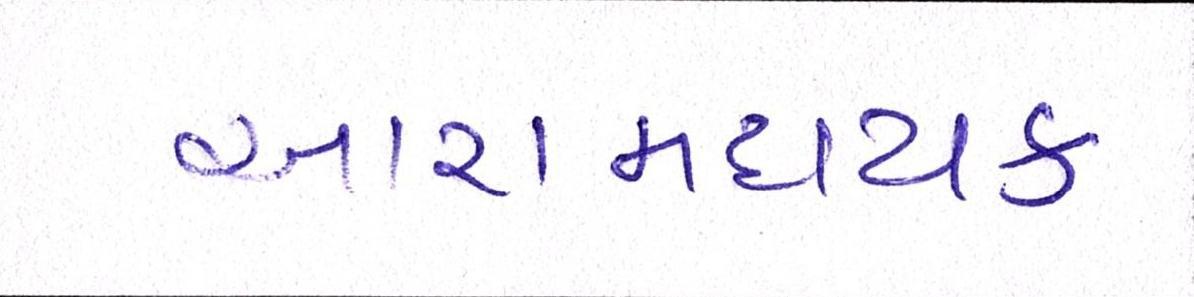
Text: આરામદાયક